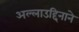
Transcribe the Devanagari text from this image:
अल्लाउद्दिनाने